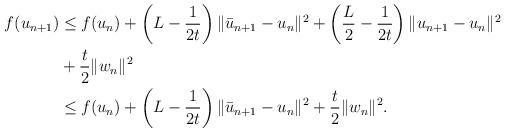
LaTeX: \begin{align*}\begin{aligned} f(u_{n+1}) &\leq f(u_n) + \left( L-\frac{1}{2t} \right) \lVert \bar{u}_{n+1}-u_{n}\rVert^2 + \left( \frac{L}{2}-\frac{1}{2t} \right) \lVert u_{n+1}-u_{n}\rVert^2 \\& + \frac{t}{2} \lVert w_n \rVert^2 \\& \leq f(u_n) + \left( L-\frac{1}{2t} \right) \lVert \bar{u}_{n+1}-u_{n}\rVert^2 + \frac{t}{2} \lVert w_n \rVert^2.\end{aligned}\end{align*}